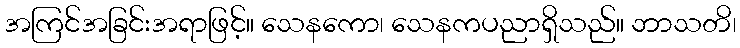
အကြင်အခြင်းအရာဖြင့်။ သေနကော၊ သေနကပညာရှိသည်။ ဘာသတိ၊